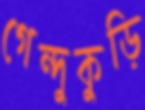
গেন্দুকুড়ি